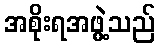
အစိုးရအဖွဲ့သည်